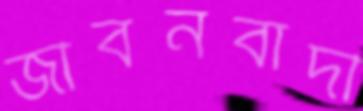
জীবনবাদী